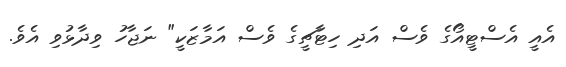
އެއީ އެސްޓީއޯގެ ވެސް އަދި ހިޓާޗީގެ ވެސް އަމާޒަކީ" ނަޖާހު ވިދާޅުވި އެވެ.